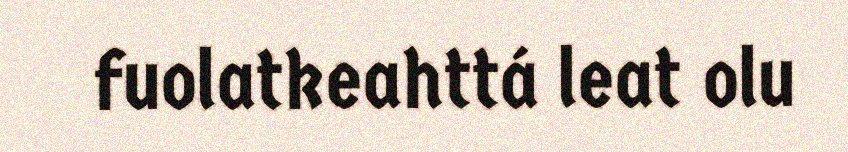
fuolatkeahttá leat olu